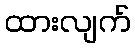
ထားလျက်